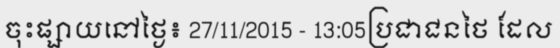
ចុះផ្សាយនៅថ្ងៃ៖ 27/11/2015 - 13:05ប្រជាជនថៃ ដែល